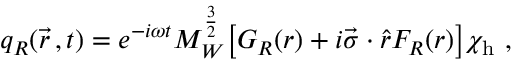
q _ { R } ( \vec { r } \, , t ) = e ^ { - i \omega t } M _ { W } ^ { \frac { 3 } { 2 } } \bigl [ G _ { R } ( r ) + i \vec { \sigma } \cdot \hat { r } F _ { R } ( r ) \bigr ] \chi _ { \mathrm { h } } \ ,